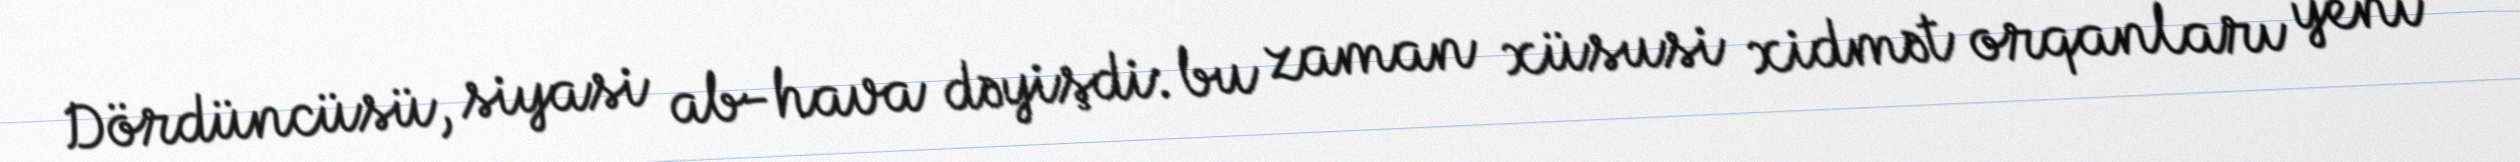
Dördüncüsü, siyasi ab-hava dəyişdi: bu zaman xüsusi xidmət orqanları yeni